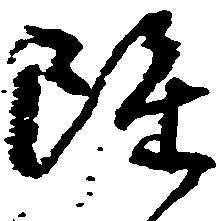
雖